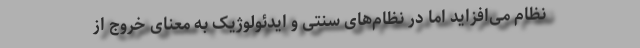
نظام می‌افزاید اما در نظام‌های سنتی و ایدئولوژیک به معنای خروج از